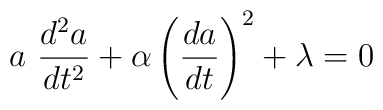
a\ \frac{d^2a}{dt^2}+\alpha \left(\frac{da}{dt}\right)^2+\lambda =0